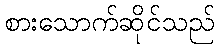
စားသောက်ဆိုင်သည်